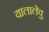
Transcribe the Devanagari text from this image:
यालालेवु